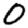
Digit: 0